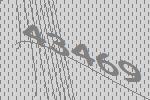
43469